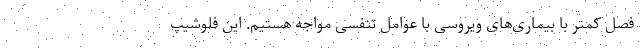
فصل کمتر با بیماری‌های ویروسی با عوامل تنفسی مواجه هستیم. این فلوشیپ